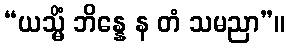
“ယသ္မိံ ဘိန္နေ န တံ သမညာ”။